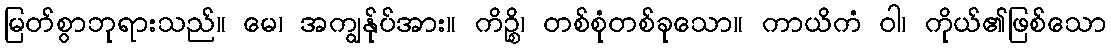
မြတ်စွာဘုရားသည်။ မေ၊ အကျွန်ုပ်အား။ ကိဉ္စိ၊ တစ်စုံတစ်ခုသော။ ကာယိကံ ဝါ၊ ကိုယ်၏ဖြစ်သော